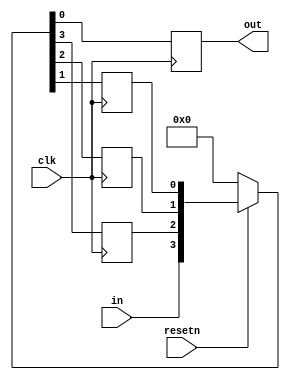
module top_module (
    input clk,
    input resetn,   // synchronous reset
    input in,
    output out);
    reg r1, r2, r3;
    always @ (posedge clk) begin
        if(!resetn) {r1, r2, r3, out} <= 4'b0;
        else {r1, r2, r3, out} <= {in, r1, r2, r3};
    end
endmodule